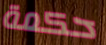
حكمة